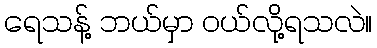
ရေသန့် ဘယ်မှာ ဝယ်လို့ရသလဲ။